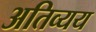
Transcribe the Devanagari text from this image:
अतिव्यय